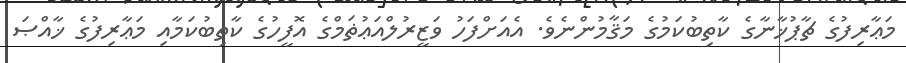
މަޢާރިފުގެ ޗާޕުޚާނާގެ ކާތިބުކަމުގެ މަޤާމުންނެވެ. އެއަށްފަހު ވަޒީރުލްއަޢުޡަމްގެ އޮފީހުގެ ކާތިބުކަމާއި މަޢާރިފުގެ ޚާއްޞަ